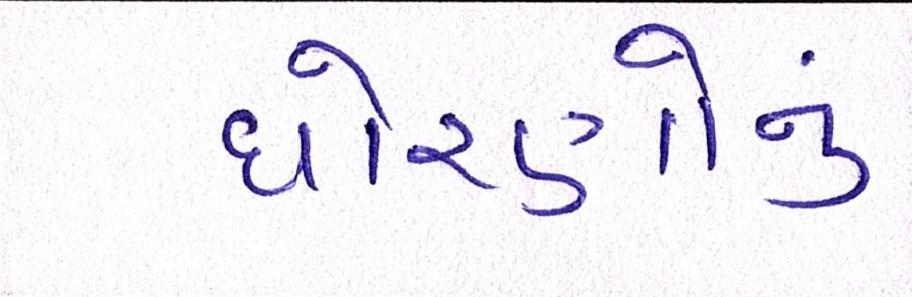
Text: ધોરણોનું